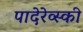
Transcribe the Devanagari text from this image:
पादेरेव्स्की